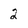
Character: 2